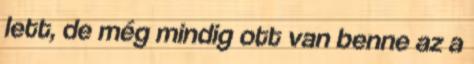
lett, de még mindig ott van benne az a